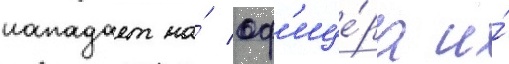
нападает на́ оф'ице́ра и́